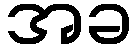
အခ